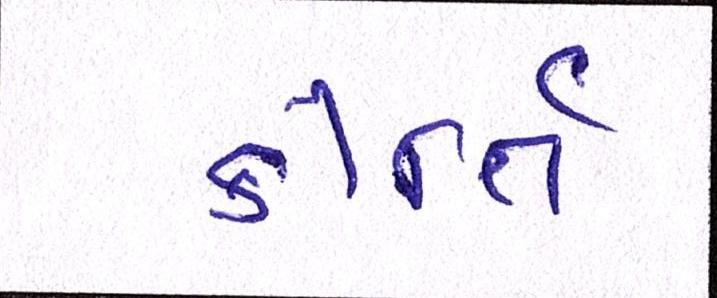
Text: કીર્તિ